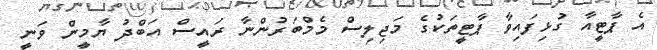
އެ ޕާޓީއާ ގުޅިފައިވާ ޕާޓީތަކުގެ މަޖިލިސް މެމްބަރުންނާ ރައީސް އަބްދު ޔާމީން ވަނީ